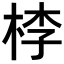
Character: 𣒶